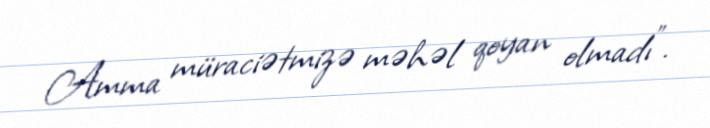
Amma müraciətmizə məhəl qoyan olmadı".